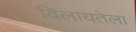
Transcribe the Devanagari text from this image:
विलायतेला